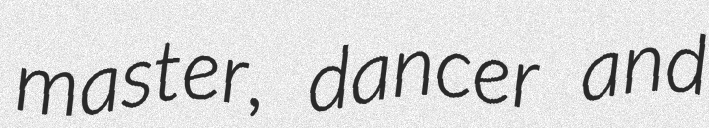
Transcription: master, dancer and